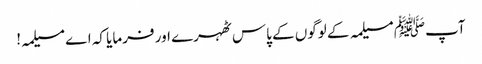
آپﷺ مسیلمہ کے لوگوں کے پاس ٹھہرے اور فرمایا کہ اے مسیلمہ!